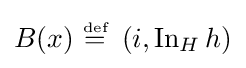
B(x)~{\stackrel {\scriptscriptstyle {\text{def}}}{=}}~\left(i,\operatorname {In} _{H}h\right)